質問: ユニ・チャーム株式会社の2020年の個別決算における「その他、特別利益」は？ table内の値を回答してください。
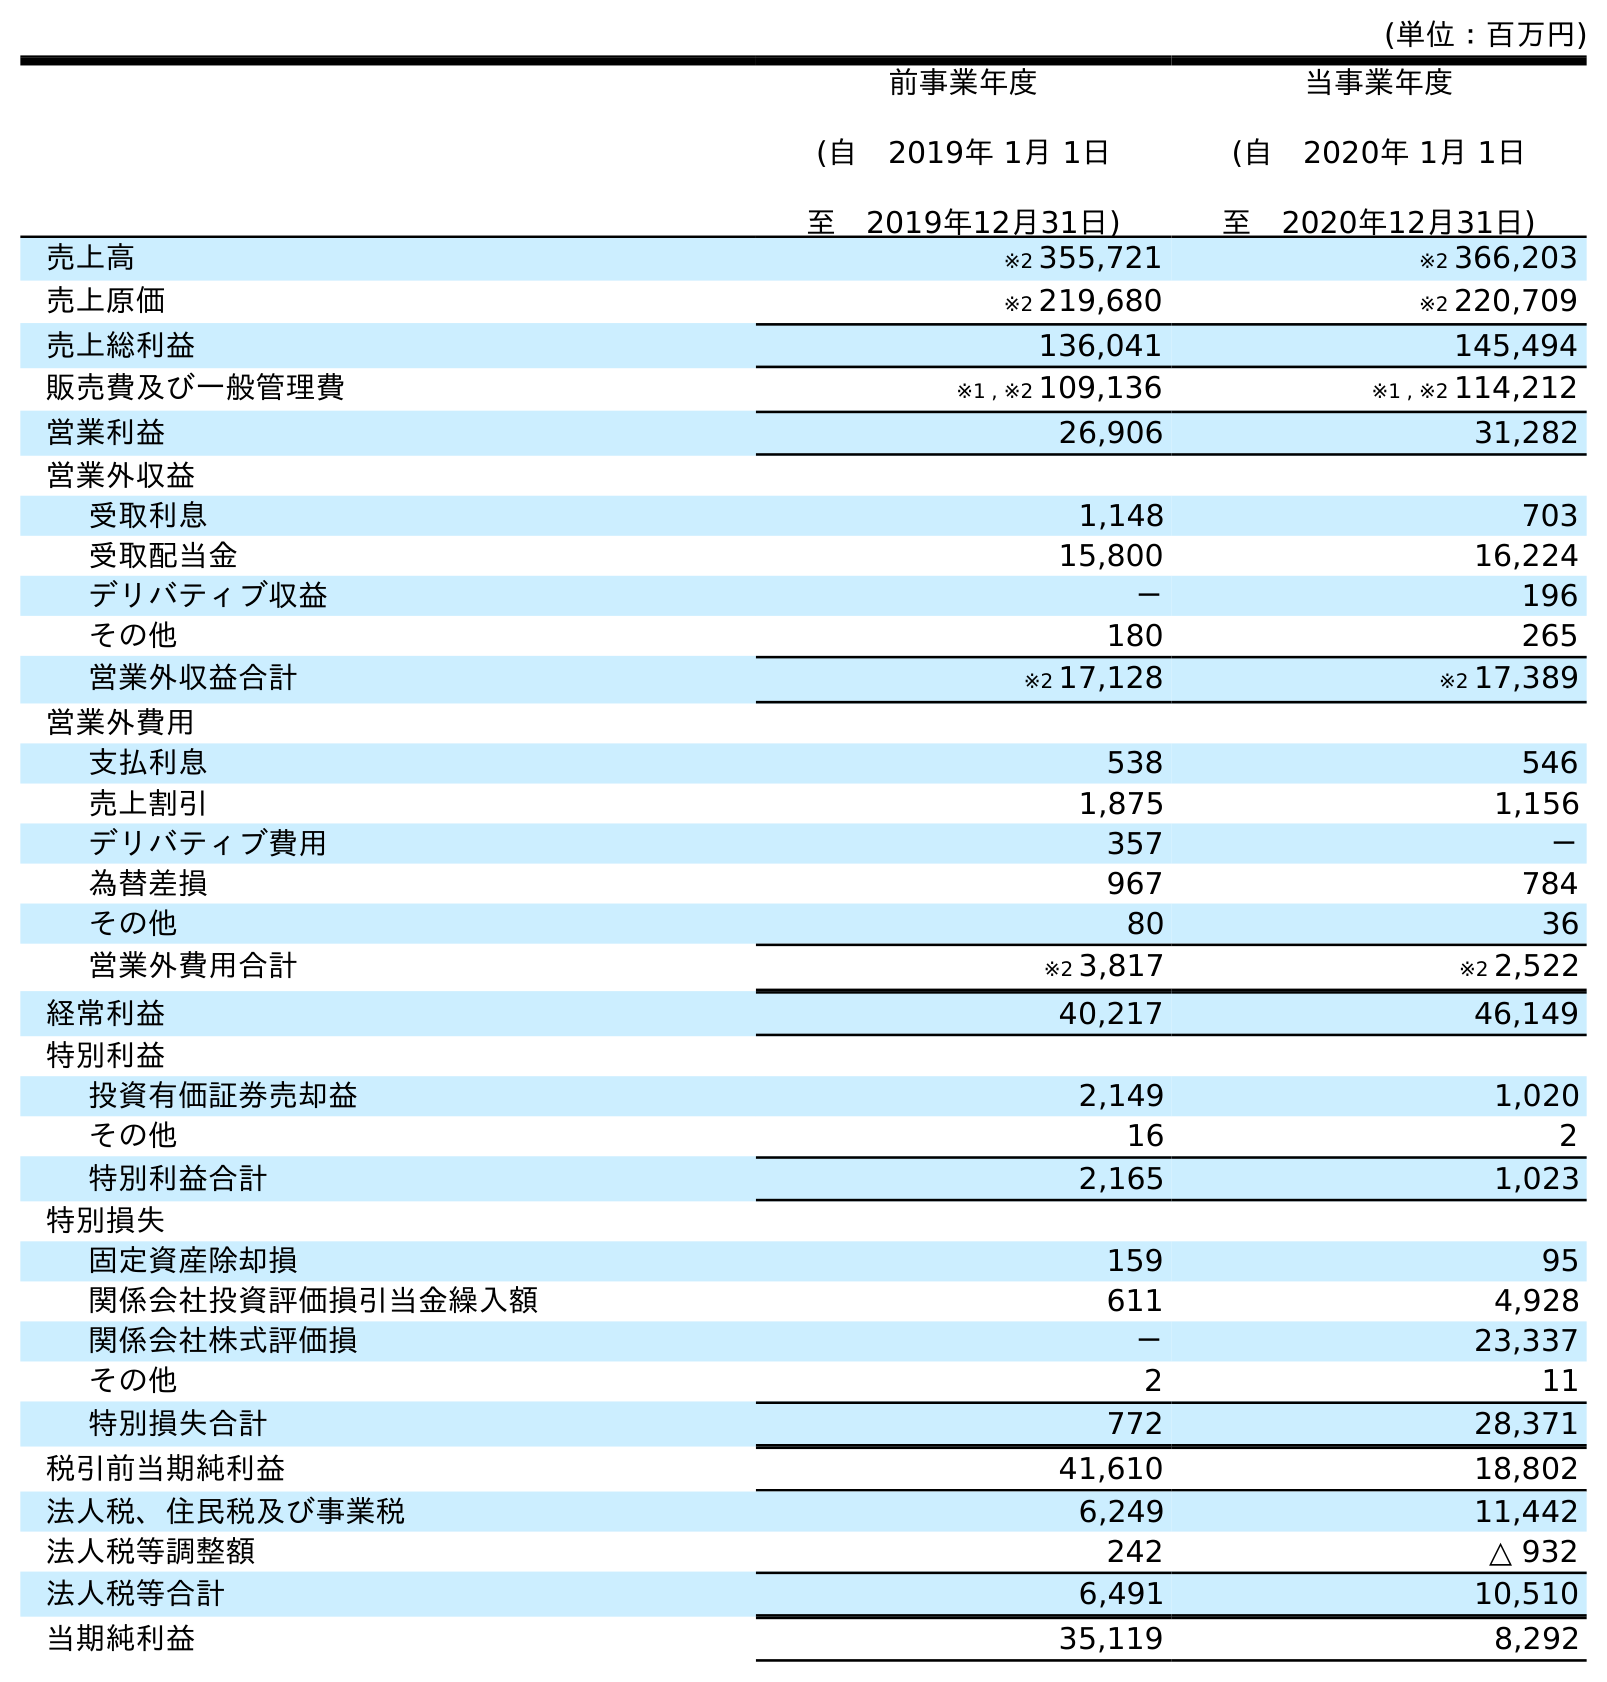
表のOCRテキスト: (単位：百万円) 前事業年度 (自 2019年 1月 1日 至 2019年12月31日) 当事業年度 (自 2020年 1月 1日 至 2020年12月31日) 売上高 ※2 355,721 ※2 366,203 売上原価 ※2 219,680 ※2 220,709 売上総利益 136,041 145,494 販売費及び一般管理費 ※1 , ※2 109,136 ※1 , ※2 114,212 営業利益 26,906 31,282 営業外収益 受取利息 1,148 703 受取配当金 15,800 16,224 デリバティブ収益 － 196 その他 180 265 営業外収益合計 ※2 17,128 ※2 17,389 営業外費用 支払利息 538 546 売上割引 1,875 1,156 デリバティブ費用 357 － 為替差損 967 784 その他 80 36 営業外費用合計 ※2 3,817 ※2 2,522 経常利益 40,217 46,149 特別利益 投資有価証券売却益 2,149 1,020 その他 16 2 特別利益合計 2,165 1,023 特別損失 固定資産除却損 159 95 関係会社投資評価損引当金繰入額 611 4,928 関係会社株式評価損 － 23,337 その他 2 11 特別損失合計 772 28,371 税引前当期純利益 41,610 18,802 法人税、住民税及び事業税 6,249 11,442 法人税等調整額 242 △ 932 法人税等合計 6,491 10,510 当期純利益 35,119 8,292
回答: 2